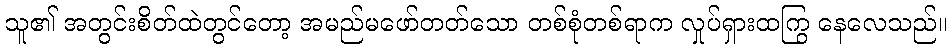
သူ၏ အတွင်းစိတ်ထဲတွင်တော့ အမည်မဖော်တတ်သော တစ်စုံတစ်ရာက လှုပ်ရှားထကြွ နေလေသည်။